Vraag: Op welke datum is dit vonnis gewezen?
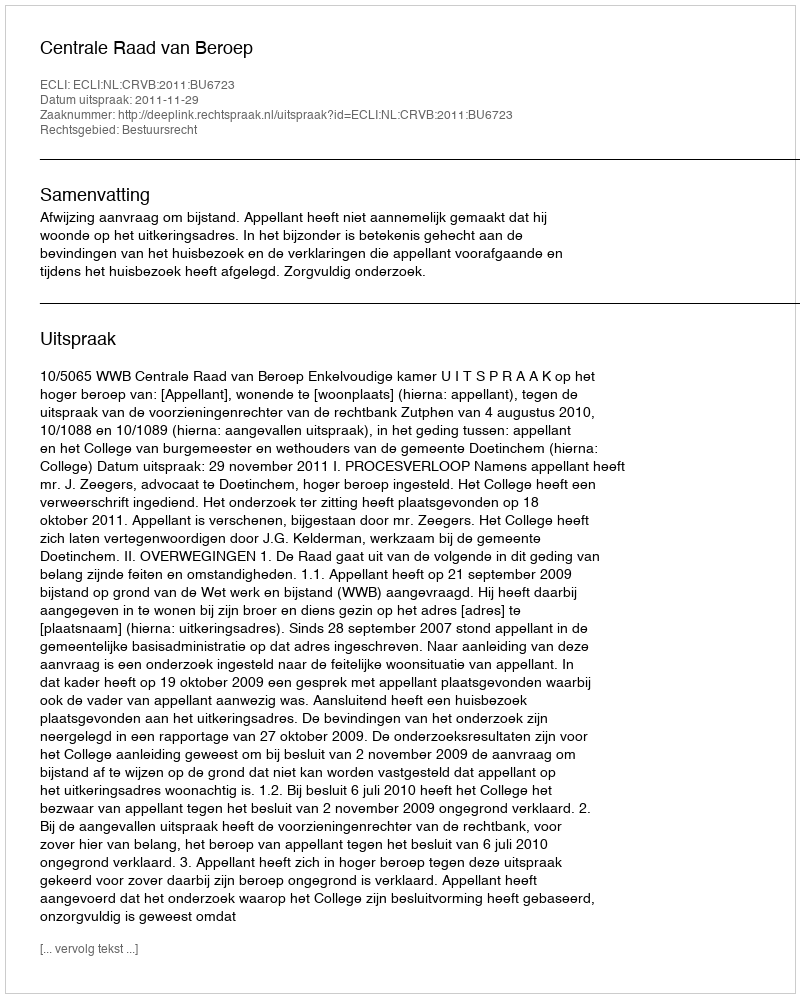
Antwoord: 2011-11-29